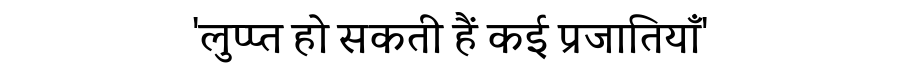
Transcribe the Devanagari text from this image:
'लुप्प्त हो सकती हैं कई प्रजातियाँ'